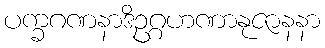
ပက္ခဂဏနာဒိဥဂ္ဂဟဏာနုဇာနနာ